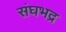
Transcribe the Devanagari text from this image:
संघभद्र